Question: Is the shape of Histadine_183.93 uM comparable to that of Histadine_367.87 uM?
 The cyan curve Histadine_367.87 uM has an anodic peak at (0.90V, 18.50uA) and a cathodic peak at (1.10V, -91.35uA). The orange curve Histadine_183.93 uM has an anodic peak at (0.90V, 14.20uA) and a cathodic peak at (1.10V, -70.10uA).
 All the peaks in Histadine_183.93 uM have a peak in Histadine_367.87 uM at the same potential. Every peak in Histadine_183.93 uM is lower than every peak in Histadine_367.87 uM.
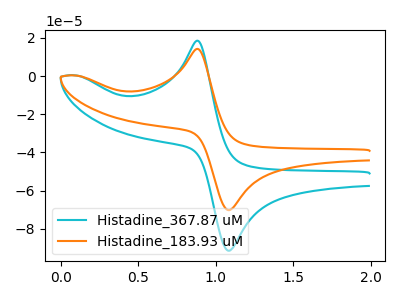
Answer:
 <answer>"Histadine_183.93 uM" and "Histadine_367.87 uM" are similar in shape.</answer>
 <eval>same_shape</eval>